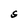
Character: S